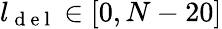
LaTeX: l_{\mathrm{~d~e~l~}}\in[0,N-20]